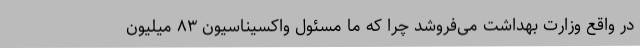
در واقع وزارت بهداشت می‌فروشد چرا که ما مسئول واکسیناسیون ٨٣ میلیون